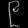
Digit: ၉